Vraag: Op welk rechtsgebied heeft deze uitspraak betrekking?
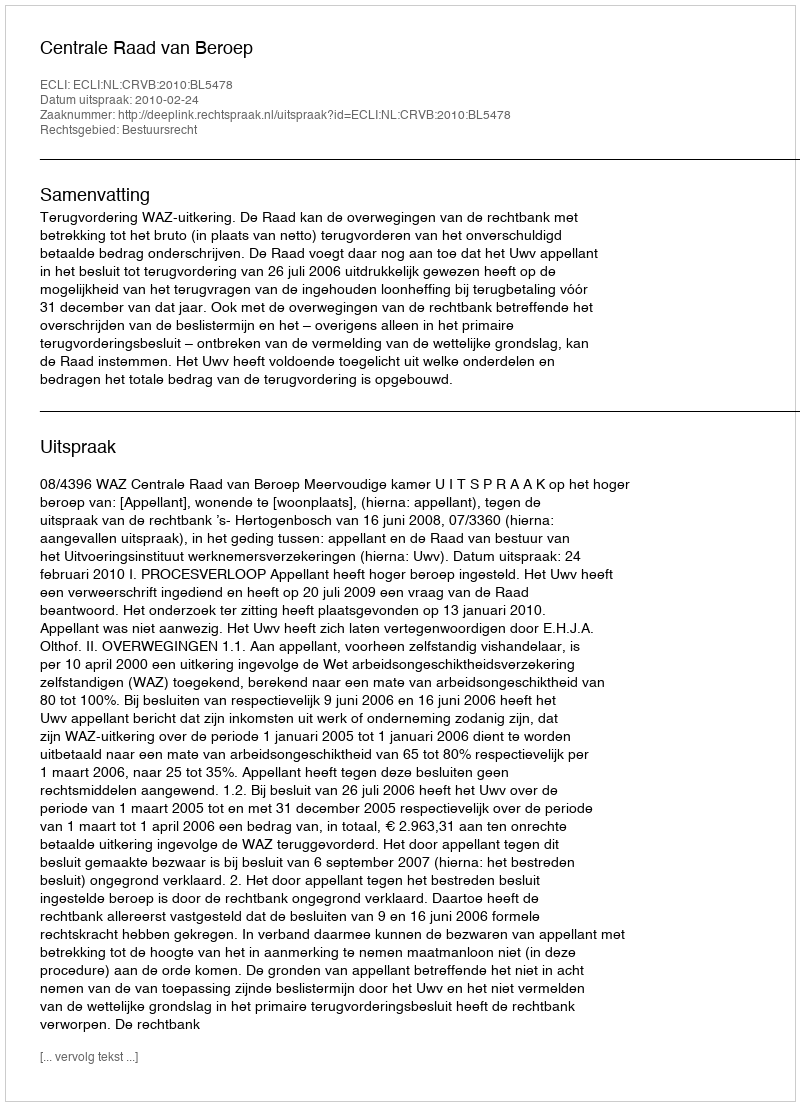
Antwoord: Bestuursrecht